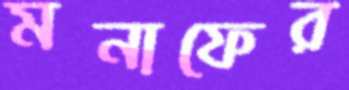
মনাফের